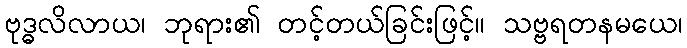
ဗုဒ္ဓလိလာယ၊ ဘုရား၏ တင့်တယ်ခြင်းဖြင့်။ သဗ္ဗရတနမယေ၊